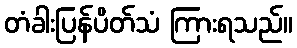
တံခါးပြန်ပိတ်သံ ကြားရသည်။